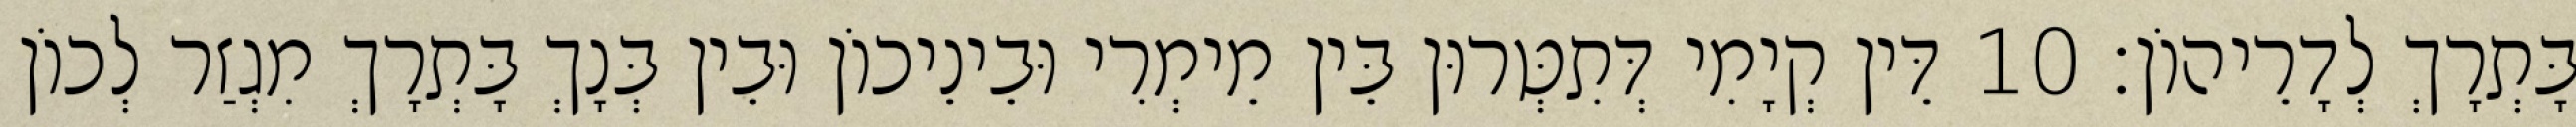
בָּתְרָךְ לְדָרֵיהוֹן׃ 10 דֵּין קְיָמִי דְּתִטְּרוּן בֵּין מֵימְרִי וּבֵינֵיכוֹן וּבֵין בְּנָךְ בָּתְרָךְ מִגְזַר לְכוֹן